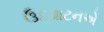
ઉદઘાટનએ